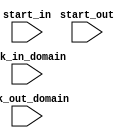
`timescale 1ns / 1ps
//////////////////////////////////////////////////////////////////////////////////
// Company: 
// Engineer: 
// 
// Design Name: 
// Module Name:    start_sync 
// Project Name: 
// Target Devices: 
// Tool versions: 
// Description: 
//
// Dependencies: 
//
// Revision: 
// Revision 0.01 - File Created
// Additional Comments: 
//
//////////////////////////////////////////////////////////////////////////////////
module start_sync(
	input wire clk_in_domain,
	input wire start_in,
	input wire clk_out_domain,
	input wire start_out
    );
	 
	 reg input_seen = 0; //on clock domain A
	 //this should be sufficient to prevent metastability
	 reg [3:0] output_buffer;
	 
	 assign start_out = output_buffer[3]^output_buffer[2];

	 always@(posedge clk_in_domain)
	 begin
	 input_seen <= start_in ? ~input_seen : input_seen;
	 end
	 
	 always@(posedge clk_out_domain)
	 begin
	 output_buffer <= {output_buffer[2:0], input_seen};
	 end


endmodule